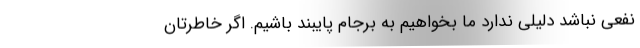
نفعی نباشد دلیلی ندارد ما بخواهیم به برجام پایبند باشیم. اگر خاطرتان